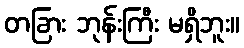
တခြား ဘုန်းကြီး မရှိဘူး။